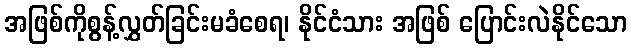
အဖြစ်ကိုစွန့်လွှတ်ခြင်းမခံစေရ၊ နိုင်ငံသား အဖြစ် ပြောင်းလဲနိုင်သော